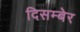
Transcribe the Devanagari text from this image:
दिसम्बेर